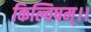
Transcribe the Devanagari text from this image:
किल्विषम्।।